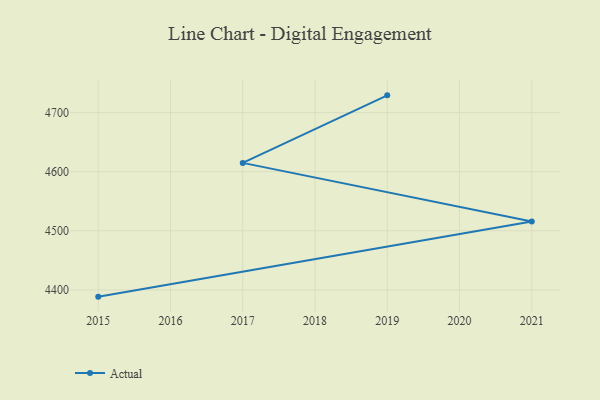
{"axis": {"x": "Year", "y": "Satisfaction Score"}, "legend": ["Actual"], "data": [{"x": "2015", "y": 4388.5, "type": "Actual"}, {"x": "2021", "y": 4515.6, "type": "Actual"}, {"x": "2017", "y": 4614.9, "type": "Actual"}, {"x": "2019", "y": 4729.2, "type": "Actual"}]}